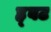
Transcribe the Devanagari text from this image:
ह्र्बट